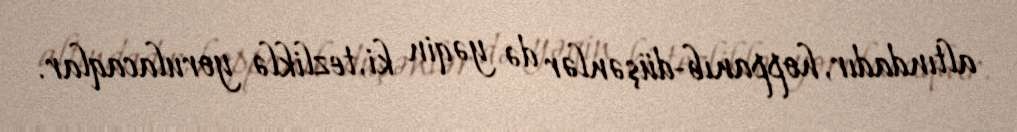
altındadır, hoppanıb-düşənlər də yəqin ki, tezliklə yorulacaqlar.